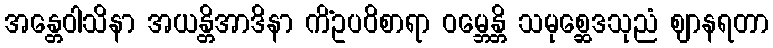
အန္တေဝါသိနာ အယန္တိအာဒိနာ ကိံဥပဝိစာရာ ဝမ္ဘေန္တိ သမုစ္ဆေဒသုညံ ဈာနရတာ